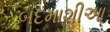
બદમાશીઆ